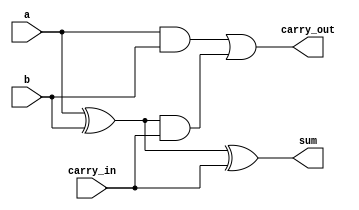
// Copyright (C) 2018  Intel Corporation. All rights reserved.
// Your use of Intel Corporation's design tools, logic functions 
// and other software and tools, and its AMPP partner logic 
// functions, and any output files from any of the foregoing 
// (including device programming or simulation files), and any 
// associated documentation or information are expressly subject 
// to the terms and conditions of the Intel Program License 
// Subscription Agreement, the Intel Quartus Prime License Agreement,
// the Intel FPGA IP License Agreement, or other applicable license
// agreement, including, without limitation, that your use is for
// the sole purpose of programming logic devices manufactured by
// Intel and sold by Intel or its authorized distributors.  Please
// refer to the applicable agreement for further details.

// PROGRAM		"Quartus Prime"
// VERSION		"Version 18.1.0 Build 625 09/12/2018 SJ Lite Edition"
// CREATED		"Thu Nov 05 15:26:19 2020"

module FullAdder(
	a,
	b,
	carry_in,
	sum,
	carry_out
);


input wire	a;
input wire	b;
input wire	carry_in;
output wire	sum;
output wire	carry_out;

wire	SYNTHESIZED_WIRE_4;
wire	SYNTHESIZED_WIRE_2;
wire	SYNTHESIZED_WIRE_3;




assign	SYNTHESIZED_WIRE_4 = a ^ b;

assign	sum = SYNTHESIZED_WIRE_4 ^ carry_in;

assign	SYNTHESIZED_WIRE_2 = a & b;

assign	SYNTHESIZED_WIRE_3 = SYNTHESIZED_WIRE_4 & carry_in;

assign	carry_out = SYNTHESIZED_WIRE_2 | SYNTHESIZED_WIRE_3;


endmodule